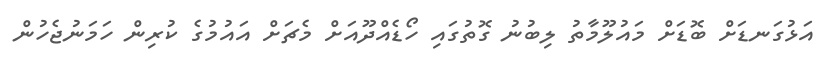
އަޅުގަނޑަށް ބޮޑަށް މައުލޫމާތު ލިބުނު ގޮތުގައި ހޯޑެއްދޫއަށް މެޗަށް އައުމުގެ ކުރިން ހަމަނުޖެހުން